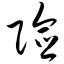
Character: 险